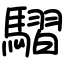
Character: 騽